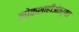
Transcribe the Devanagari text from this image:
लोकशाहीअंतर्गत